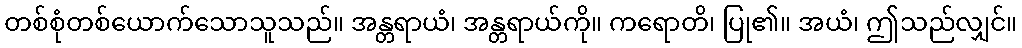
တစ်စုံတစ်ယောက်သောသူသည်။ အန္တရာယံ၊ အန္တရာယ်ကို။ ကရောတိ၊ ပြု၏။ အယံ၊ ဤသည်လျှင်။